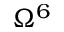
\Omega ^ { 6 }